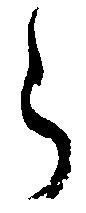
ら